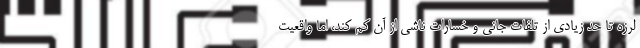
لرزه تا حد زیادی از تلفات جانی و خسارات ناشی از آن کم کند، اما واقعیت